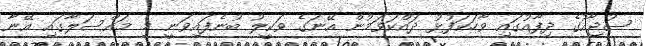
ސުޖާއުގެ ދިފާއުގައި ވާހަކަފުޅު ދައްކަވަމުން އޭނަގެ ވަކީލު ބުނެފައިވަނީ މި މައްސަލާގައި އޭނާ